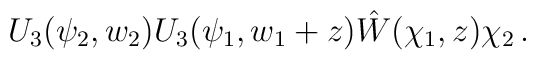
U_3(\psi_2,w_2)U_3(\psi_1,w_1+z)\hat W(\chi_1,z)\chi_2\,.